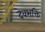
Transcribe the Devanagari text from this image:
देवभक्ति